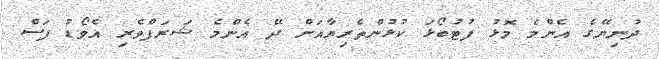
ދުނިޔޭގެ އެންމެ މޮޅު ފުޓުބޯޅަ ކުޅުންތެރިޔާއަށް ދޭ އެންމެ ޝަރަފްވެރި އެވޯޑު ފަސް